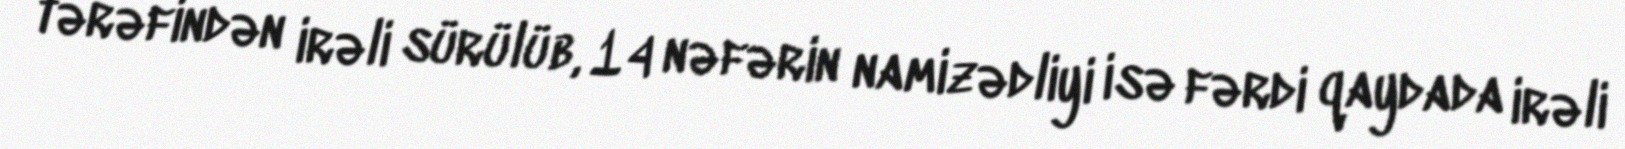
tərəfindən irəli sürülüb, 14 nəfərin namizədliyi isə fərdi qaydada irəli